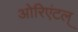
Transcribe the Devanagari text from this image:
ओरिएंटल्